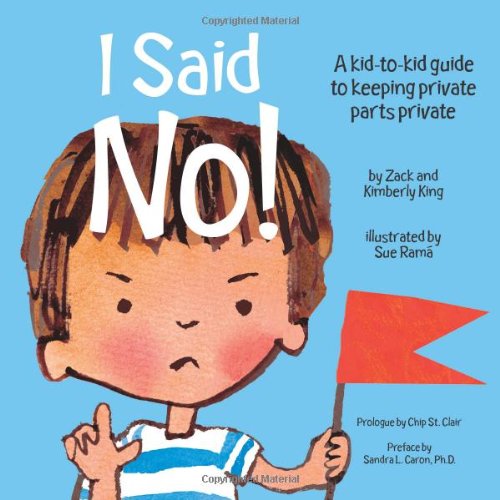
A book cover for I Said No! A Kid-to-kid Guide to Keeping Private Parts Private; Kimberly King; Parenting & Relationships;